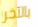
بالآخر